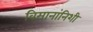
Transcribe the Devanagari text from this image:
विमानांनिशी